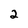
Character: 2